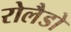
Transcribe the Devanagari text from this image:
रोलैडो